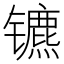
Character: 镳